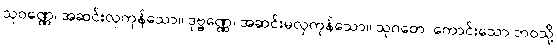
သုဝဏ္ဏေ၊ အဆင်းလှကုန်သော။ ဒုဗ္ဗဏ္ဏေ၊ အဆင်းမလှကုန်သော။ သုဂတေ၊ ကောင်းသော ဘဝသို့